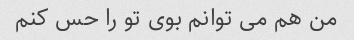
من هم می توانم بوی تو را حس کنم